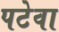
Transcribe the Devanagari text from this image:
पटेवा